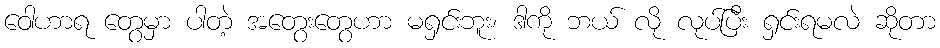
ဝေါဟာရ တွေမှာ ပါတဲ့ အတွေးတွေဟာ မရှင်းဘူး၊ ဒါကို ဘယ် လို လုပ်ပြီး ရှင်းရမလဲ ဆိုတာ